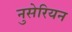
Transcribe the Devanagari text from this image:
नुसेरियन